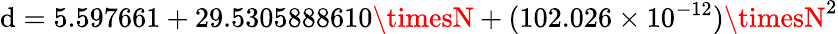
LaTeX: \mathrm{d}=5.597661+29.5305888610\timesN+(102.026\times10^{-12})\timesN^{2}